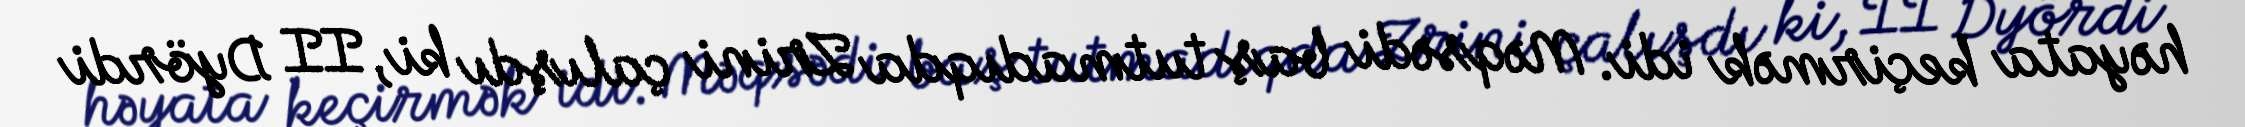
həyata keçirmək idi. Məqsədi baş tutmadıqda Zrini çalışdı ki, II Dyördi